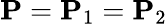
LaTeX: \mathbf{P}=\mathbf{P}_{1}=\mathbf{P}_{2}